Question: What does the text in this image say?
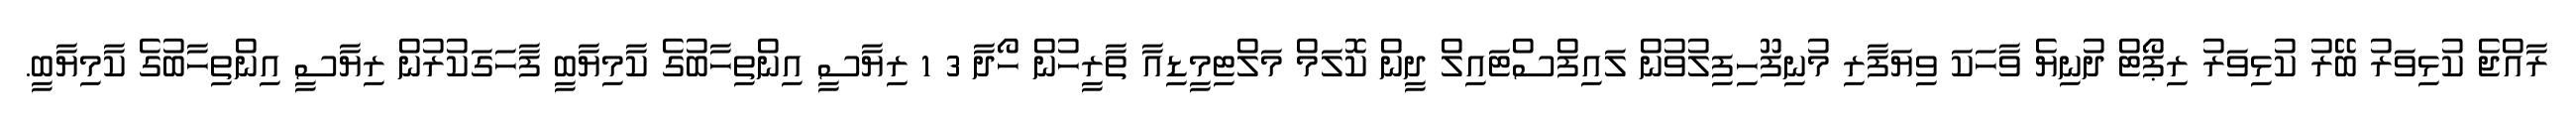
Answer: ރާއްޖެ ކުޅިވަރު ބޭރު ކުޅިވަރު ރިޕޯޓް ދުނިޔެ ވާހަކަ ވިޔަފާރި މުނިފޫހިފިލުވުން ލައިފްސްޓައިލް ދީން ކޮލަމް މަލްޓިމީޑިއާ ތާރީހުން ހޯދާ 3 1 ރިޔާސީ އިންތިހާބުގެ ކާމިޔާބީ ފާހަގަކުރުން ރިޔާސީ އިންތިހާބުގެ ކާމިޔާބީ.